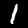
Label: 1